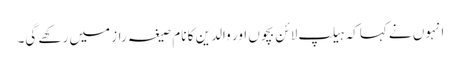
انہوں نے کہاکہ ہیلپ لائن بچوں اور والدین کا نام صیغہ راز میں رکھے گی۔